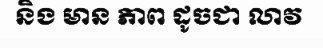
និង មាន ភាព ដូចជា លាវ